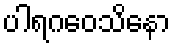
ပါရဂဝေသိနော